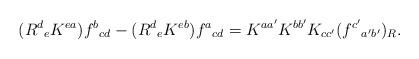
\begin{align*}(R^{d}{}_{e}K^{ea})f^{b}{}_{cd} - (R^{d}{}_{e}K^{eb})f^{a}{}_{cd} =K^{aa'}K^{bb'}K_{cc'}(f^{c'}{}_{a'b'})_{R}. \end{align*}